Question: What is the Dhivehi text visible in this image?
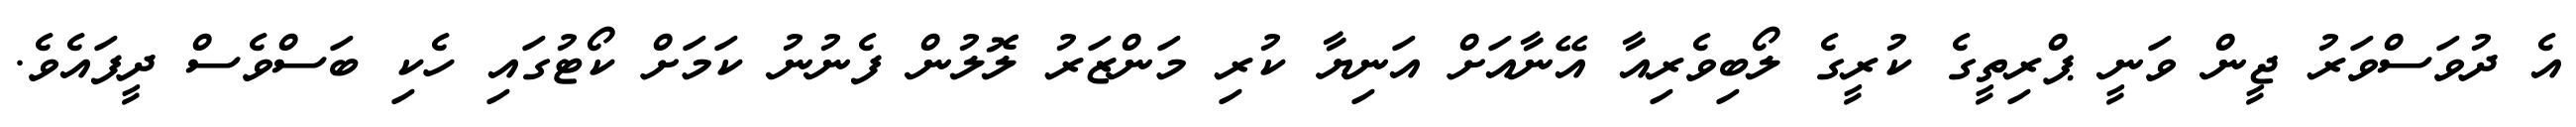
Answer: އެ ދުވަސްވަރު ޖީން ވަނީ ޕްރިތީގެ ކުރީގެ ލޯބިވެރިއާ އޭނާއަށް އަނިޔާ ކުރި މަންޒަރު ލޮލުން ފެނުނު ކަމަށް ކޯޓުގައި ހެކި ބަސްވެސް ދީފައެވެ.